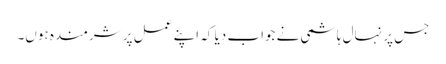
جس پر نہال ہاشمی نے جواب دیا کہ اپنے عمل پر شرمندہ ہوں۔